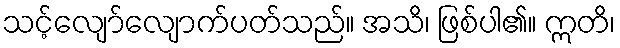
သင့်လျော်လျောက်ပတ်သည်။ အသိ၊ ဖြစ်ပါ၏။ ဣတိ၊